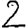
Digit: 2